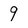
Character: 9